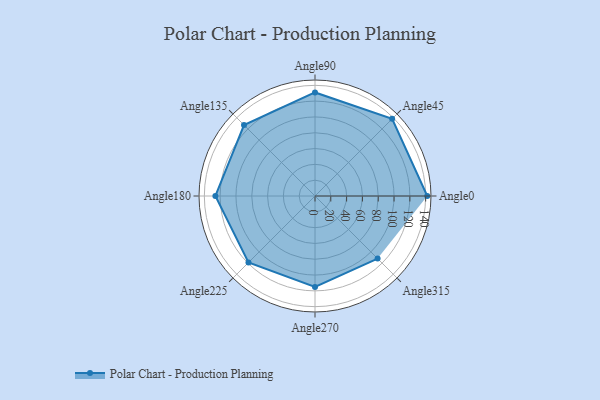
{"axis": {"x": "Angle", "y": "Radius"}, "legend": [""], "data": [{"x": "Angle0", "y": 142.0, "type": ""}, {"x": "Angle45", "y": 138.0, "type": ""}, {"x": "Angle90", "y": 131.0, "type": ""}, {"x": "Angle135", "y": 127.0, "type": ""}, {"x": "Angle180", "y": 126.0, "type": ""}, {"x": "Angle225", "y": 119.0, "type": ""}, {"x": "Angle270", "y": 115.0, "type": ""}, {"x": "Angle315", "y": 112.0, "type": ""}]}